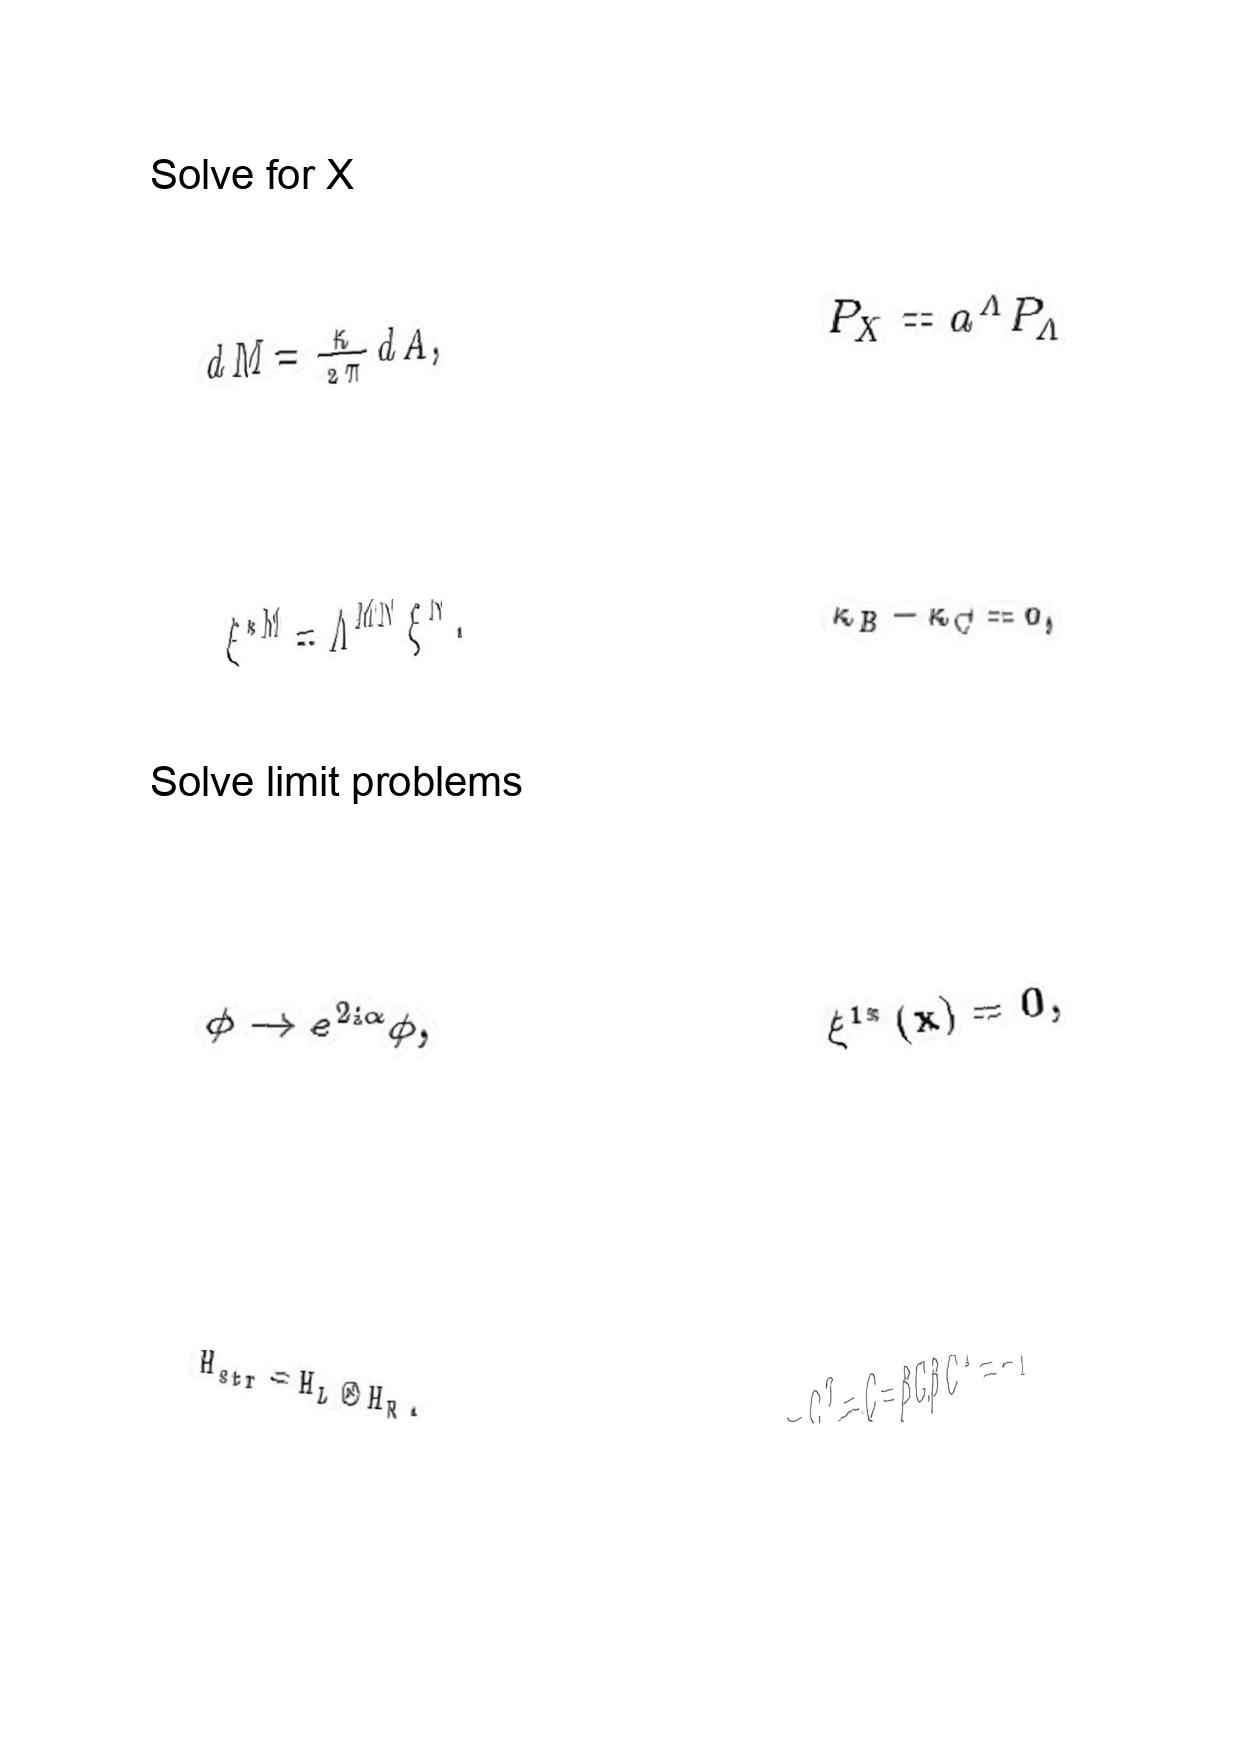
LaTeX transcription:
d M = \frac { \kappa } { 2 \pi } d A ,
\xi ^ { \ast M } = \Lambda ^ { M N } \xi ^ { N } .
\phi \rightarrow e ^ { 2 i \alpha } \phi ,
H _ { s t r } = H _ { L } \otimes H _ { R } .
P _ { X } = a ^ { \Lambda } P _ { \Lambda }
\kappa _ { B } - \kappa _ { C } = 0 ,
\xi ^ { 1 \ast } \lparen x \rparen = 0 ,
- C ^ { T } = C = \beta C \beta C ^ { 2 } = - 1